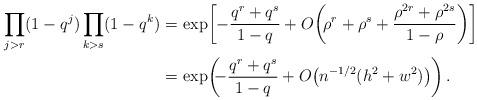
LaTeX: \begin{align*}\begin{aligned}\prod_{j>r}(1-q^j)\prod_{k>s}(1-q^k)=&\,\exp\!\left[-\frac{q^r+q^s}{1-q}+O\!\left(\!\rho^r+\rho^s+\frac{\rho^{2r}+\rho^{2s}}{1-\rho}\right)\right]\\=&\,\exp\!\left(\!\!-\frac{q^r+q^s}{1-q}+O\bigl(n^{-1/2}(h^2+w^2)\bigr)\right).\end{aligned}\end{align*}